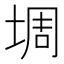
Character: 𫮀